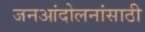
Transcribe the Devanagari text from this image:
जनआंदोलनांसाठी